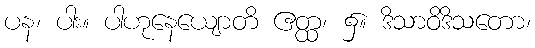
ပန၊ ပါး။ ပါဟုနေယျောတိ ဧတ္ထ၊ ၌။ ဒိသာဝိဒိသတော၊